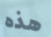
هذه